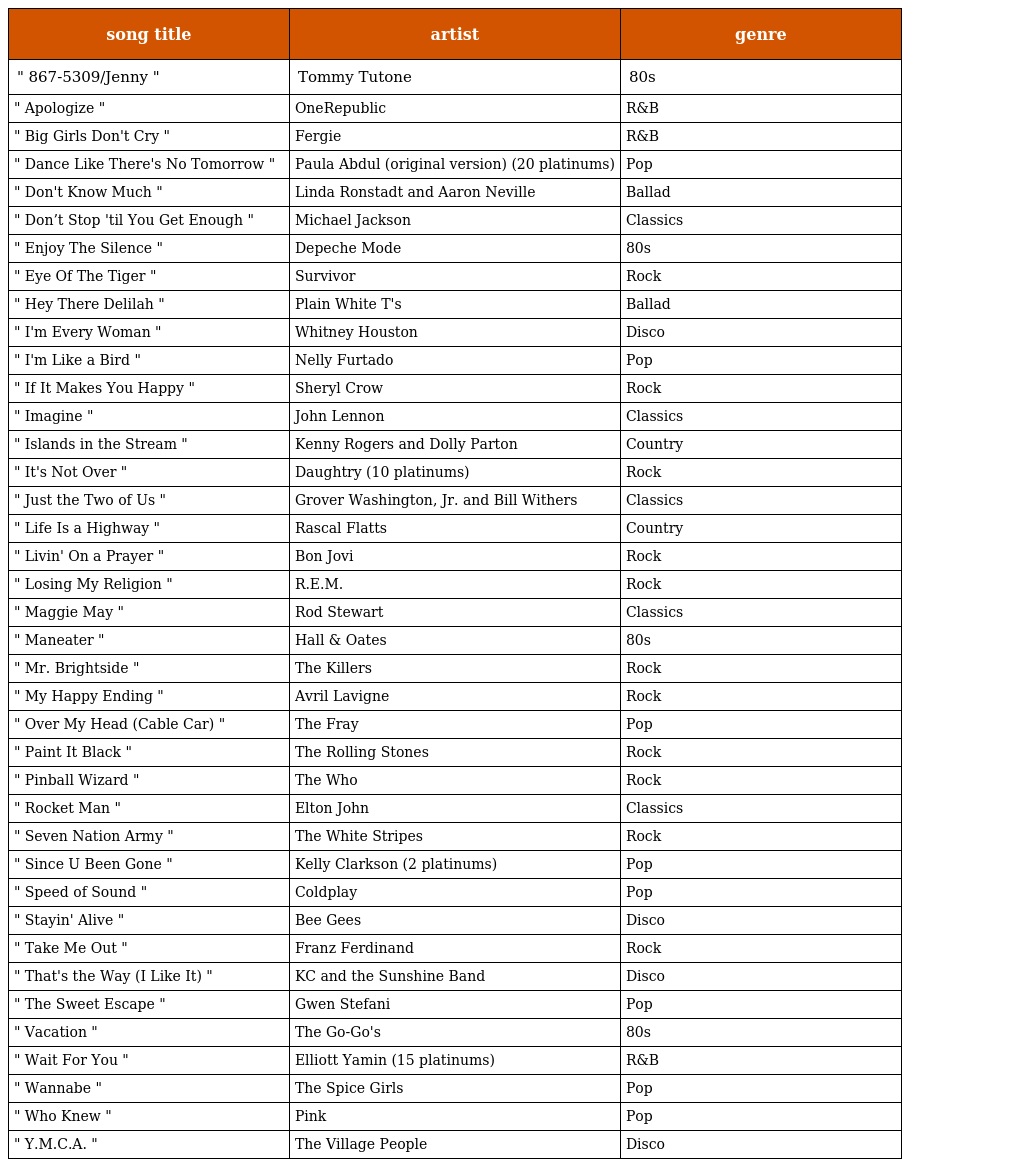
| song title | artist | genre |
 | --- | --- | --- |
 | " 867-5309/Jenny " | Tommy Tutone | 80s |
 | " Apologize " | OneRepublic | R&B |
 | " Big Girls Don't Cry " | Fergie | R&B |
 | " Dance Like There's No Tomorrow " | Paula Abdul (original version) (20 platinums) | Pop |
 | " Don't Know Much " | Linda Ronstadt and Aaron Neville | Ballad |
 | " Don’t Stop 'til You Get Enough " | Michael Jackson | Classics |
 | " Enjoy The Silence " | Depeche Mode | 80s |
 | " Eye Of The Tiger " | Survivor | Rock |
 | " Hey There Delilah " | Plain White T's | Ballad |
 | " I'm Every Woman " | Whitney Houston | Disco |
 | " I'm Like a Bird " | Nelly Furtado | Pop |
 | " If It Makes You Happy " | Sheryl Crow | Rock |
 | " Imagine " | John Lennon | Classics |
 | " Islands in the Stream " | Kenny Rogers and Dolly Parton | Country |
 | " It's Not Over " | Daughtry (10 platinums) | Rock |
 | " Just the Two of Us " | Grover Washington, Jr. and Bill Withers | Classics |
 | " Life Is a Highway " | Rascal Flatts | Country |
 | " Livin' On a Prayer " | Bon Jovi | Rock |
 | " Losing My Religion " | R.E.M. | Rock |
 | " Maggie May " | Rod Stewart | Classics |
 | " Maneater " | Hall & Oates | 80s |
 | " Mr. Brightside " | The Killers | Rock |
 | " My Happy Ending " | Avril Lavigne | Rock |
 | " Over My Head (Cable Car) " | The Fray | Pop |
 | " Paint It Black " | The Rolling Stones | Rock |
 | " Pinball Wizard " | The Who | Rock |
 | " Rocket Man " | Elton John | Classics |
 | " Seven Nation Army " | The White Stripes | Rock |
 | " Since U Been Gone " | Kelly Clarkson (2 platinums) | Pop |
 | " Speed of Sound " | Coldplay | Pop |
 | " Stayin' Alive " | Bee Gees | Disco |
 | " Take Me Out " | Franz Ferdinand | Rock |
 | " That's the Way (I Like It) " | KC and the Sunshine Band | Disco |
 | " The Sweet Escape " | Gwen Stefani | Pop |
 | " Vacation " | The Go-Go's | 80s |
 | " Wait For You " | Elliott Yamin (15 platinums) | R&B |
 | " Wannabe " | The Spice Girls | Pop |
 | " Who Knew " | Pink | Pop |
 | " Y.M.C.A. " | The Village People | Disco |